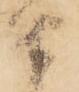
由